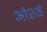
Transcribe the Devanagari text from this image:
ओशडे